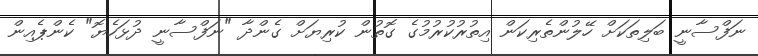
ނަފްސާނީ ބަލިތަކަށް ހޭލުންތެރިކަން އިތުރުކުރުމުގެ ގޮތުން ކުރިޔަށް ގެންދާ "ނަފްސާނީ ދުޅަހެޔޮ" ކެންޕެއިން